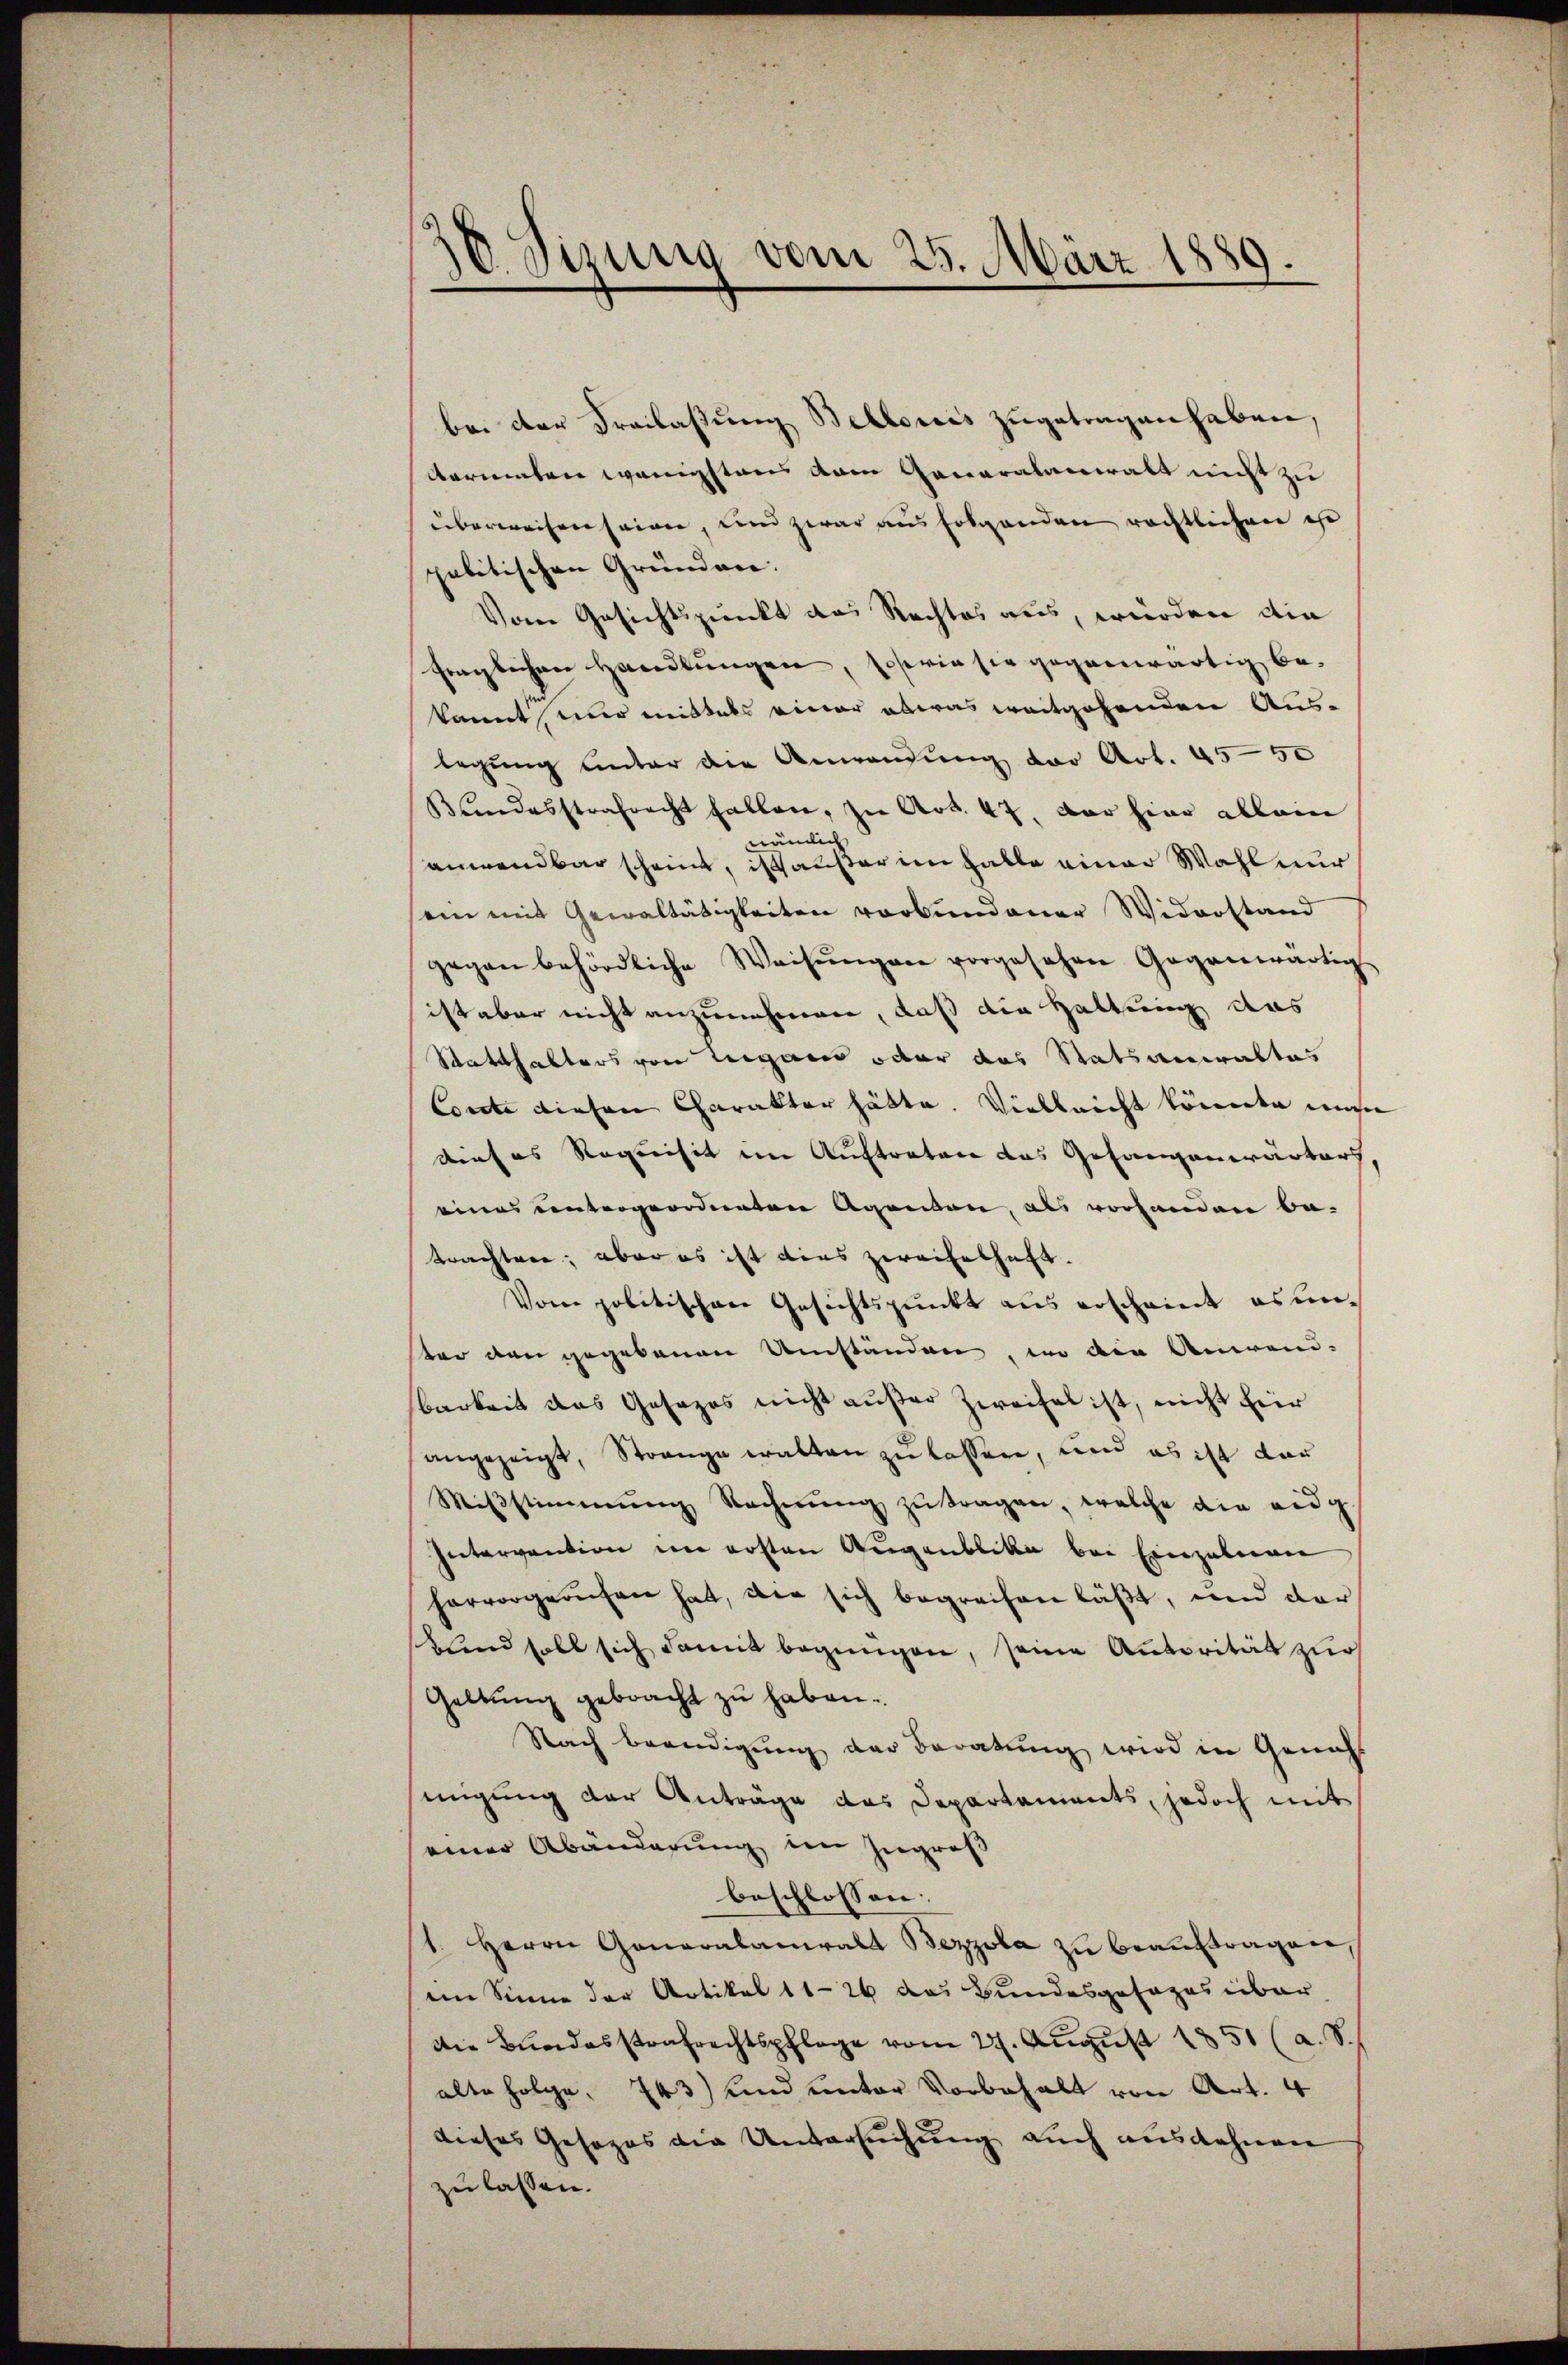
16. Sisung vom 25. März 1889.

bei der Freilassung Bellonis zugetragen haben,
Aarenten wenigstens vom Generalanwalt nicht zu
überweisen seinen, und zwar aus folgenden rächtlichen ist
palitischen Gründen.
Vom Gesichtspunkt das Rechtes aus, würden die
fraglichen Handlungen, sowie sie gegenwärtig bekannt, nur mittels einer etwas weitgehenden Aus-
legung unter die Anwendung vor Art. 4550
Kundesstrafrecht fallen, zu Art. 47. Der hier allein
die
wa
anwendbar scheint, ist außer im Halle einer Wahl nur
ein mit Gewaltätigkeiten verbundener Widerstand
gegen behördliche Weisŭngen vorgesehen Gegenwärtig
sist aber nicht anzunehmen, daß die Haltung des
Statthalters von Liegen oder das Statsanwaltes
Corte diesen Charakter hätte. Vielleicht könnte mehre
dieses Requisit im Auftraten das Gefangenwärtert,
eines untergeordneten Agenden, als vorhanden be-
trachten; aber es ist dies zweifelhaft.
Vom politischen Gesichtspunkt aus erscheint es unster den gegebauen Umständen, wo die Anwend-
barkeit das Gesetzes nicht außer Zweifel ist, nicht für
angezeigt, Strange walten zu lassen, und es ist dar
Miβstimmung Rechnŭng zŭ tragen, welche die eidg
Intervention im ersten Augenblika bei Einzelnen
hervorgerufen hat, wie sich begreifen läßt, und dar
Kind soll sich damit begnügen, seine Autorität zur
Geltung gebracht zu haben.
Nach beendigung der Beratung wird in Genats
migung der Anträge das Departaments, jedoch mit
einer Abänderung im Zugroß
beschlossen:
1. Herrn Generalamiralt Bezzola zu beauftragen,
eim Sinne der Artikel 11-26 das Bundesgesages über
Die Bŭndesstrafrechtspflege vom 27. Aŭgŭst 1851 (a. S.
alte Folge, 743) und unter Vorbehalt von Art. 4
dieses Gesages die Untersuchung auch ausdehnen
zu lassen.